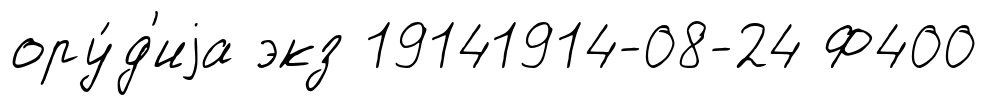
ору́д'иjа экз 19141914-08-24 Ф400